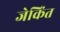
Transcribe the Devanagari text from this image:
जेकिंत